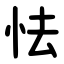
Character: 怯